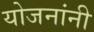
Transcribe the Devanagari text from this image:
योजनांनी